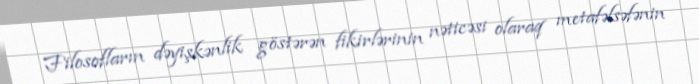
Filosofların dəyişkənlik göstərən fikirlərinin nəticəsi olaraq metafəlsəfənin